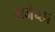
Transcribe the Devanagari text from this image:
राजेच्छा